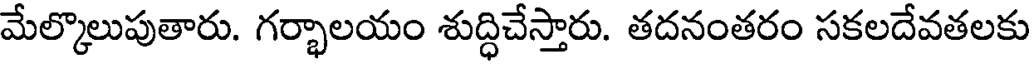
మేల్కొలుపుతారు. గర్భాలయం శుద్ధిచేస్తారు. తదనంతరం సకలదేవతలకు